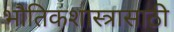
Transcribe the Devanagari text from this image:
भौतिकशास्त्रासाठी